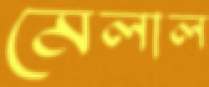
মেলাল